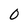
Character: 0